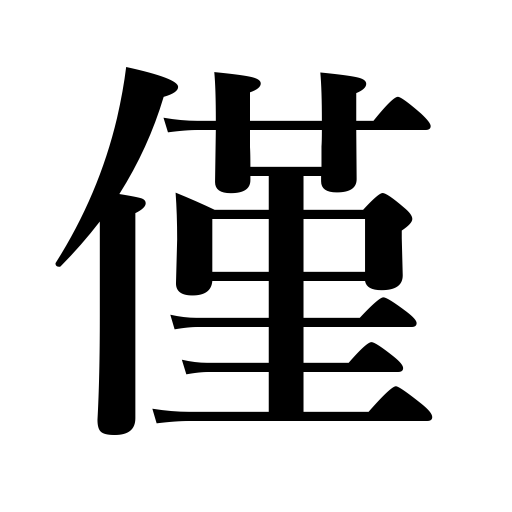
Meanings: a little,a small quantity